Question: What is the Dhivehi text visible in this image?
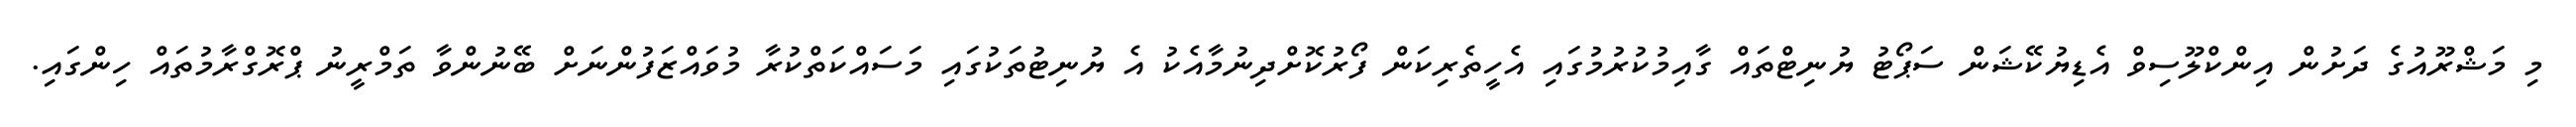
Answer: މި މަޝްރޫއުގެ ދަށުން އިންކްލޫސިވް އެޑިޔުކޭޝަން ސަޕޯޓު ޔުނިޓްތައް ގާއިމުކުރުމުގައި އެހީތެރިކަން ފޯރުކޮށްދިނުމާއެކު އެ ޔުނިޓުތަކުގައި މަސައްކަތްކުރާ މުވައްޒަފުންނަށް ބޭނުންވާ ތަމްރީނު ޕްރޮގްރާމުތައް ހިންގައި.